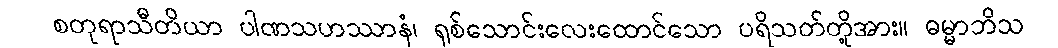
စတုရာသီတိယာ ပါဏသဟဿာနံ၊ ရှစ်သောင်းလေးထောင်သော ပရိသတ်တို့အား။ ဓမ္မာဘိသ